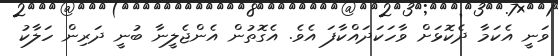
ވަނީ އެކަމާ ދެކޮޅަށް ވާހަކަދައްކާފަ އެވެ. އެގޮތުން އެންޖެލީނާ ބުނީ ދަރިން ހަލާކު